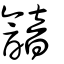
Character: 韽